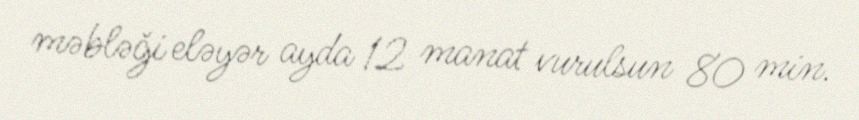
məbləği eləyər ayda 12 manat vurulsun 80 min.